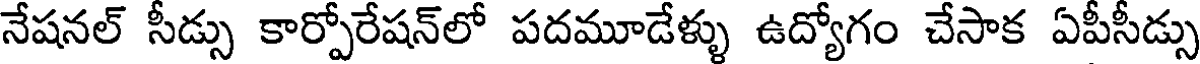
నేషనల్ సీడ్సు కార్పోరేషన్లో పదమూడేళ్ళు ఉద్యోగం చేసాక ఏపీసీడ్సు